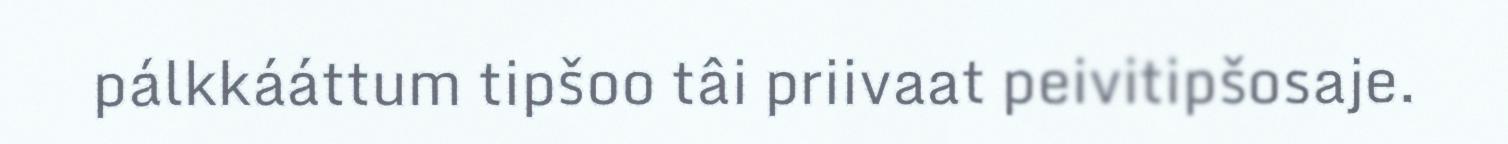
pálkkááttum tipšoo tâi priivaat peivitipšosaje.